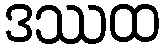
ဒဿထ